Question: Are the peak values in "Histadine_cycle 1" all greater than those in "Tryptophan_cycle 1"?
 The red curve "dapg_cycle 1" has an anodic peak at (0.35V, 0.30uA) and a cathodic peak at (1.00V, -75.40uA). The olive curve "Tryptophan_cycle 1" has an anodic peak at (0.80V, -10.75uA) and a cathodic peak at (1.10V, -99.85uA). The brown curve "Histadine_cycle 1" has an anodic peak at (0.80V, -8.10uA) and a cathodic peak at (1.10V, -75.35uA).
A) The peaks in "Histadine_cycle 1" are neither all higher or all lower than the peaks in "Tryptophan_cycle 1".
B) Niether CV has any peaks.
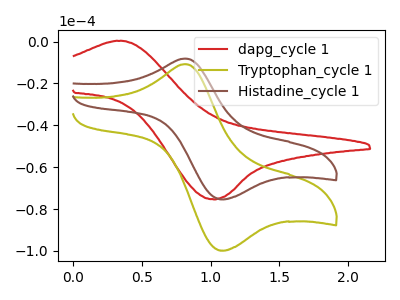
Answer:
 <answer>A) The peaks in "Histadine_cycle 1" are neither all higher or all lower than the peaks in "Tryptophan_cycle 1".</answer>
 <eval>A</eval>